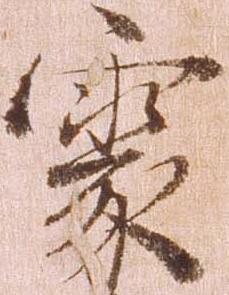
処